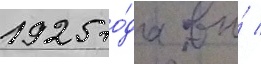
1925 го́да вы́ /